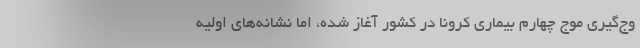
وج‌گیری موج چهارم بیماری کرونا در کشور آغاز شده، اما نشانه‌های اولیه